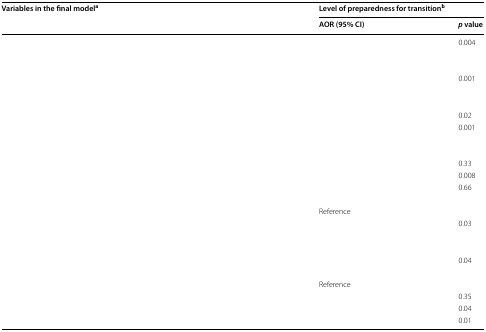
<table><thead><tr><td rowspan="2"><b>Variables in the final model<sup>a</sup></b></td><td colspan="2"><b>Level of preparedness for transition<sup>b</sup></b></td></tr><tr><td><b>AOR (95% CI)</b></td><td><b><i>p</i> value</b></td></tr></thead><tbody><tr><td>[EMPTY_CELL]</td><td>[EMPTY_CELL]</td><td>0.004</td></tr><tr><td colspan="3">[EMPTY_CELL]</td></tr><tr><td>[EMPTY_CELL]</td><td>[EMPTY_CELL]</td><td>[EMPTY_CELL]</td></tr><tr><td>[EMPTY_CELL]</td><td>[EMPTY_CELL]</td><td>0.001</td></tr><tr><td colspan="3">[EMPTY_CELL]</td></tr><tr><td>[EMPTY_CELL]</td><td>[EMPTY_CELL]</td><td>[EMPTY_CELL]</td></tr><tr><td>[EMPTY_CELL]</td><td>[EMPTY_CELL]</td><td>0.02</td></tr><tr><td>[EMPTY_CELL]</td><td>[EMPTY_CELL]</td><td>0.001</td></tr><tr><td colspan="3">[EMPTY_CELL]</td></tr><tr><td>[EMPTY_CELL]</td><td>[EMPTY_CELL]</td><td>[EMPTY_CELL]</td></tr><tr><td>[EMPTY_CELL]</td><td>[EMPTY_CELL]</td><td>0.33</td></tr><tr><td>[EMPTY_CELL]</td><td>[EMPTY_CELL]</td><td>0.008</td></tr><tr><td>[EMPTY_CELL]</td><td>[EMPTY_CELL]</td><td>0.66</td></tr><tr><td colspan="3">[EMPTY_CELL]</td></tr><tr><td>[EMPTY_CELL]</td><td>Reference</td><td>[EMPTY_CELL]</td></tr><tr><td>[EMPTY_CELL]</td><td>[EMPTY_CELL]</td><td>0.03</td></tr><tr><td colspan="3">[EMPTY_CELL]</td></tr><tr><td>[EMPTY_CELL]</td><td>[EMPTY_CELL]</td><td>[EMPTY_CELL]</td></tr><tr><td>[EMPTY_CELL]</td><td>[EMPTY_CELL]</td><td>0.04</td></tr><tr><td colspan="3">[EMPTY_CELL]</td></tr><tr><td>[EMPTY_CELL]</td><td>Reference</td><td>[EMPTY_CELL]</td></tr><tr><td>[EMPTY_CELL]</td><td>[EMPTY_CELL]</td><td>0.35</td></tr><tr><td>[EMPTY_CELL]</td><td>[EMPTY_CELL]</td><td>0.04</td></tr><tr><td>[EMPTY_CELL]</td><td>[EMPTY_CELL]</td><td>0.01</td></tr></tbody></table>